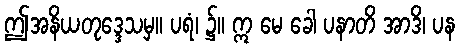
ဤအနိယတုဒ္ဒေသမှ။ ပရံ၊ ၌။ ဣ မေ ခေါ ပနာတိ အာဒိ၊ ပန